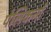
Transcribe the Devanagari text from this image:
पेलिकनों